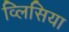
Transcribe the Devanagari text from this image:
व्लिसिया